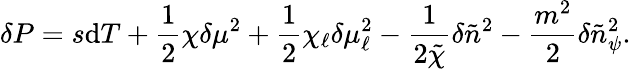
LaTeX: \delta P=s\mathrm{d}T+\frac{1}{2}\chi\delta\mu^{2}+\frac{1}{2}\chi_{\ell}\delta\mu_{\ell}^{2}-\frac{1}{2\tilde{\chi}}\delta\tilde{n}^{2}-\frac{m^{2}}{2}\delta\tilde{n}_{\psi}^{2}.